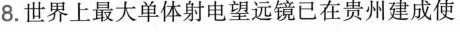
8.世界上最大单体射电望远镜已在贵州建成使